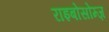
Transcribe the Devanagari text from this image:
राइबोसोम्ज़